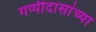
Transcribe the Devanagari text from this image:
गप्पीदासांच्या